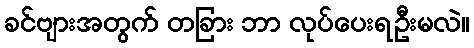
ခင်ဗျားအတွက် တခြား ဘာ လုပ်ပေးရဦးမလဲ။